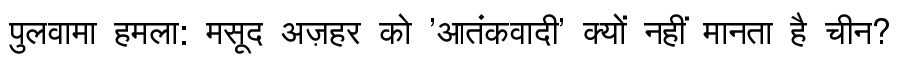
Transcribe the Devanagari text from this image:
पुलवामा हमला: मसूद अज़हर को 'आतंकवादी' क्यों नहीं मानता है चीन?